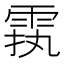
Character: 𲉵